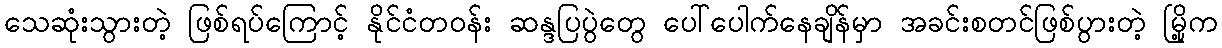
သေဆုံးသွားတဲ့ ဖြစ်ရပ်ကြောင့် နိုင်ငံတဝန်း ဆန္ဒပြပွဲတွေ ပေါ်ပေါက်နေချိန်မှာ အခင်းစတင်ဖြစ်ပွားတဲ့ မြို့က